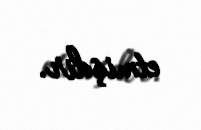
etmişdir.